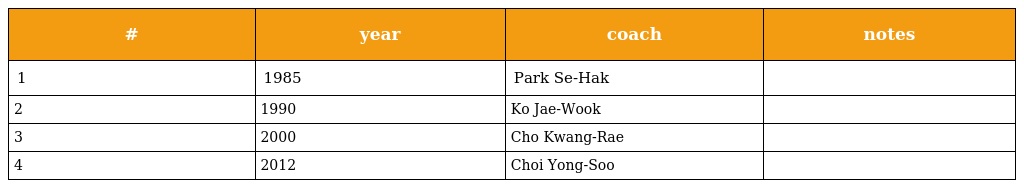
| # | year | coach | notes |
 | --- | --- | --- | --- |
 | 1 | 1985 | Park Se-Hak |  |
 | 2 | 1990 | Ko Jae-Wook |  |
 | 3 | 2000 | Cho Kwang-Rae |  |
 | 4 | 2012 | Choi Yong-Soo |  |